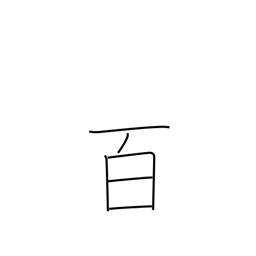
Meaning: hundred